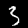
Digit: 3